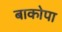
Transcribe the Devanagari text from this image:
बाकोपा